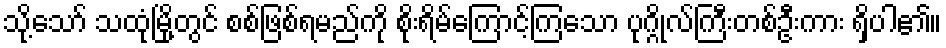
သို့သော် သထုံမြို့တွင် စစ်ဖြစ်ရမည်ကို စိုးရိမ်ကြောင့်ကြသော ပုဂ္ဂိုလ်ကြီးတစ်ဦးကား ရှိပါ၏။